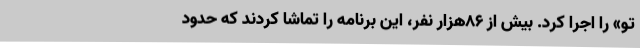
تو» را اجرا کرد. بیش از ۸۶هزار نفر، این برنامه را تماشا کردند که حدود